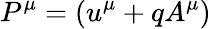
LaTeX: P^{\mu}=(u^{\mu}+qA^{\mu})